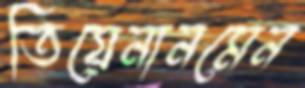
তিয়েনানমেন